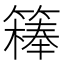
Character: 𥴇